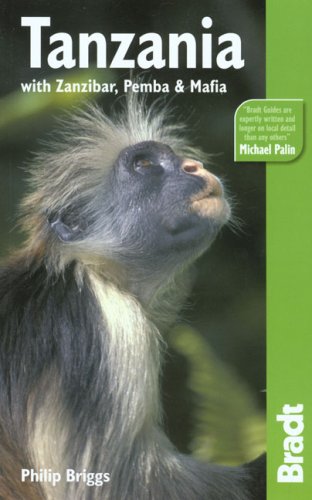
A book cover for Tanzania, 5th: with Zanzibar, Pemba & Mafia (Bradt Travel Guide); Philip Briggs; Travel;